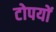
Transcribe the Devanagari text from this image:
टोपयों